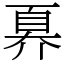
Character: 奡